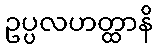
ဥပ္ပလဟတ္ထာနိ